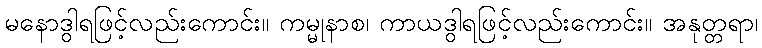
မနောဒွါရဖြင့်လည်းကောင်း။ ကမ္မုနာစ၊ ကာယဒွါရဖြင့်လည်းကောင်း။ အနုတ္တရာ၊